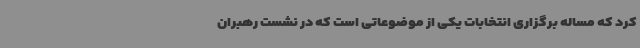
کرد که مساله برگزاری انتخابات یکی از موضوعاتی است که در نشست رهبران